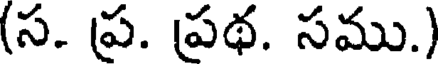
(స. ప్ర. ప్రథ. సము.)